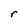
Character: r